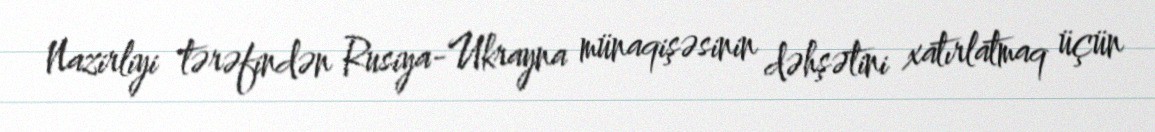
Nazirliyi tərəfindən Rusiya-Ukrayna münaqişəsinin dəhşətini xatırlatmaq üçün